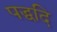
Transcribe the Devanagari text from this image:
पद्धदि